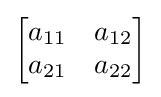
{\begin{bmatrix}a_{11}&a_{12}\\a_{21}&a_{22}\end{bmatrix}}